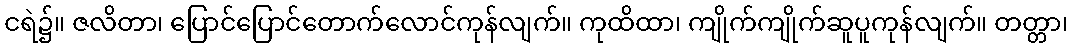
ငရဲ၌။ ဇလိတာ၊ ပြောင်ပြောင်တောက်လောင်ကုန်လျက်။ ကုထိထာ၊ ကျိုက်ကျိုက်ဆူပူကုန်လျက်။ တတ္တာ၊